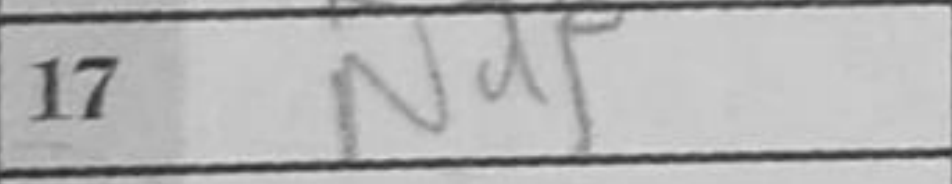
Transcription: Nd5